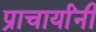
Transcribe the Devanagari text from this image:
प्राचार्यांनी